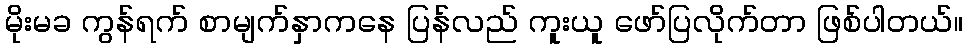
မိုးမခ ကွန်ရက် စာမျက်နှာကနေ ပြန်လည် ကူးယူ ဖော်ပြလိုက်တာ ဖြစ်ပါတယ်။